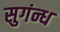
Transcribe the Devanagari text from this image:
सुगंन्ध